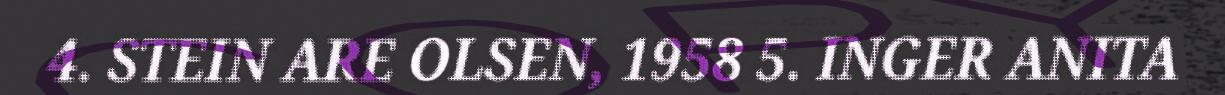
4. STEIN ARE OLSEN, 1958 5. INGER ANITA